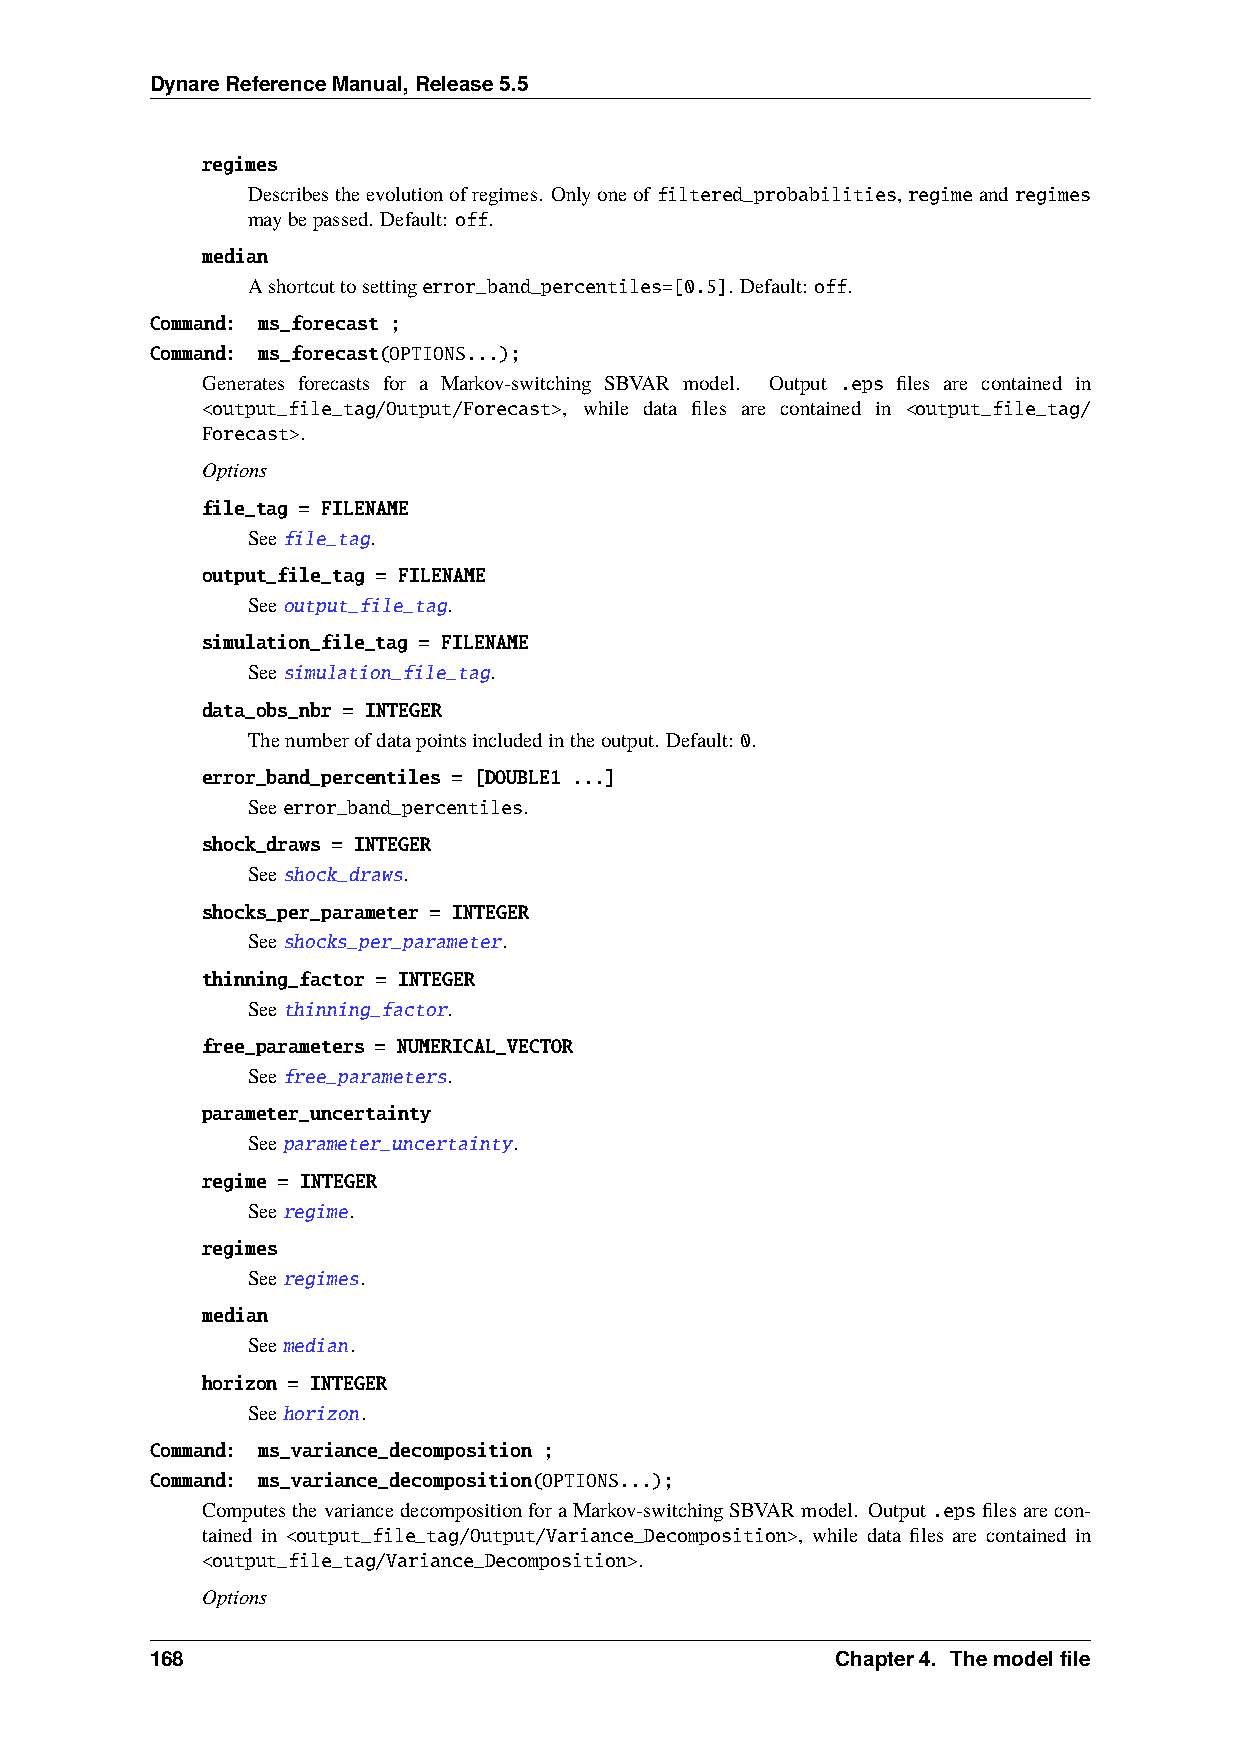
DynareReferenceManual,Release5.5
 regimes
 Describestheevolutionofregimes. Onlyoneof filtered_probabilities,regimeandregimes
 maybepassed. Default: off.
 median
 Ashortcuttosettingerror_band_percentiles=[0.5]. Default: off.
 Command: ms_forecast ;
 Command: ms_forecast(OPTIONS...);
 Generates forecasts for a Markov-switching SBVAR model. Output .eps files are contained in
 <output_file_tag/Output/Forecast>, while data files are contained in <output_file_tag/
 Forecast>.
 Options
 file_tag = FILENAME
 Seefile_tag.
 output_file_tag = FILENAME
 Seeoutput_file_tag.
 simulation_file_tag = FILENAME
 Seesimulation_file_tag.
 data_obs_nbr = INTEGER
 Thenumberofdatapointsincludedintheoutput. Default: 0.
 error_band_percentiles = [DOUBLE1 ...]
 Seeerror_band_percentiles.
 shock_draws = INTEGER
 Seeshock_draws.
 shocks_per_parameter = INTEGER
 Seeshocks_per_parameter.
 thinning_factor = INTEGER
 Seethinning_factor.
 free_parameters = NUMERICAL_VECTOR
 Seefree_parameters.
 parameter_uncertainty
 Seeparameter_uncertainty.
 regime = INTEGER
 Seeregime.
 regimes
 Seeregimes.
 median
 Seemedian.
 horizon = INTEGER
 Seehorizon.
 Command: ms_variance_decomposition ;
 Command: ms_variance_decomposition(OPTIONS...);
 ComputesthevariancedecompositionforaMarkov-switchingSBVARmodel. Output .epsfilesarecon-
 tained in <output_file_tag/Output/Variance_Decomposition>, while data files are contained in
 <output_file_tag/Variance_Decomposition>.
 Options
 168                                          Chapter4. Themodelfile